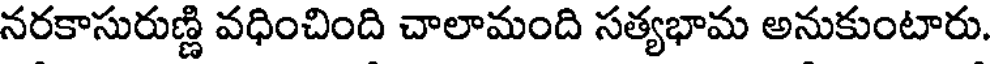
నరకాసురుణ్ణి వధించింది చాలామంది సత్యభామ అనుకుంటారు.